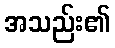
အသည်း၏